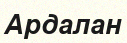
Ардалан